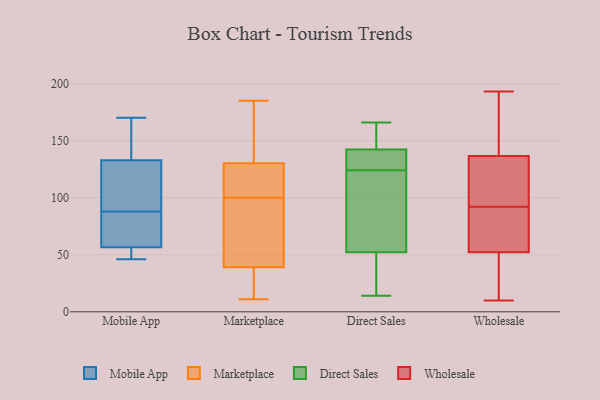
{"axis": {"x": "Bounce Rate (%)", "y": "Value"}, "legend": ["Direct Sales", "Marketplace", "Mobile App", "Wholesale"], "data": [{"x": "", "y": 51, "type": "Mobile App"}, {"x": "", "y": 149, "type": "Mobile App"}, {"x": "", "y": 136, "type": "Mobile App"}, {"x": "", "y": 55, "type": "Mobile App"}, {"x": "", "y": 170, "type": "Mobile App"}, {"x": "", "y": 79, "type": "Mobile App"}, {"x": "", "y": 88, "type": "Mobile App"}, {"x": "", "y": 110, "type": "Mobile App"}, {"x": "", "y": 61, "type": "Mobile App"}, {"x": "", "y": 46, "type": "Mobile App"}, {"x": "", "y": 123, "type": "Mobile App"}, {"x": "", "y": 114, "type": "Marketplace"}, {"x": "", "y": 11, "type": "Marketplace"}, {"x": "", "y": 23, "type": "Marketplace"}, {"x": "", "y": 22, "type": "Marketplace"}, {"x": "", "y": 57, "type": "Marketplace"}, {"x": "", "y": 139, "type": "Marketplace"}, {"x": "", "y": 167, "type": "Marketplace"}, {"x": "", "y": 154, "type": "Marketplace"}, {"x": "", "y": 101, "type": "Marketplace"}, {"x": "", "y": 93, "type": "Marketplace"}, {"x": "", "y": 13, "type": "Marketplace"}, {"x": "", "y": 134, "type": "Marketplace"}, {"x": "", "y": 68, "type": "Marketplace"}, {"x": "", "y": 185, "type": "Marketplace"}, {"x": "", "y": 116, "type": "Marketplace"}, {"x": "", "y": 35, "type": "Marketplace"}, {"x": "", "y": 119, "type": "Marketplace"}, {"x": "", "y": 51, "type": "Marketplace"}, {"x": "", "y": 100, "type": "Marketplace"}, {"x": "", "y": 14, "type": "Direct Sales"}, {"x": "", "y": 124, "type": "Direct Sales"}, {"x": "", "y": 135, "type": "Direct Sales"}, {"x": "", "y": 72, "type": "Direct Sales"}, {"x": "", "y": 166, "type": "Direct Sales"}, {"x": "", "y": 140, "type": "Direct Sales"}, {"x": "", "y": 68, "type": "Direct Sales"}, {"x": "", "y": 20, "type": "Direct Sales"}, {"x": "", "y": 143, "type": "Direct Sales"}, {"x": "", "y": 160, "type": "Direct Sales"}, {"x": "", "y": 47, "type": "Direct Sales"}, {"x": "", "y": 162, "type": "Wholesale"}, {"x": "", "y": 10, "type": "Wholesale"}, {"x": "", "y": 52, "type": "Wholesale"}, {"x": "", "y": 117, "type": "Wholesale"}, {"x": "", "y": 82, "type": "Wholesale"}, {"x": "", "y": 193, "type": "Wholesale"}, {"x": "", "y": 92, "type": "Wholesale"}, {"x": "", "y": 126, "type": "Wholesale"}, {"x": "", "y": 53, "type": "Wholesale"}, {"x": "", "y": 50, "type": "Wholesale"}, {"x": "", "y": 140, "type": "Wholesale"}, {"x": "", "y": 165, "type": "Wholesale"}, {"x": "", "y": 118, "type": "Wholesale"}, {"x": "", "y": 58, "type": "Wholesale"}, {"x": "", "y": 39, "type": "Wholesale"}]}